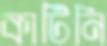
কাটিনি